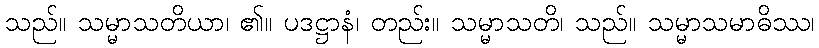
သည်။ သမ္မာသတိယာ၊ ၏။ ပဒဋ္ဌာနံ၊ တည်း။ သမ္မာသတိ၊ သည်။ သမ္မာသမာဓိဿ၊